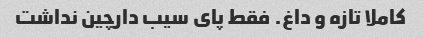
کاملا تازه و داغ. فقط پای سیب دارچین نداشت